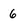
Character: 6